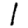
Digit: 1